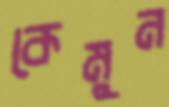
কেমুন